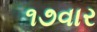
૧૭વાર